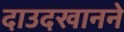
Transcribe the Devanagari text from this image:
दाउदखानने